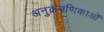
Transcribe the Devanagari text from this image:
अनुक्रमणिकाओं